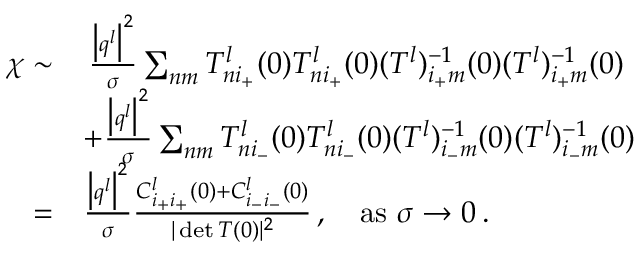
\begin{array} { r l } { \chi \sim } & { \, \frac { \big \vert \boldsymbol { q } ^ { l } \big \vert ^ { 2 } } { \sigma } \sum _ { n m } { T _ { n i _ { + } } ^ { l } ( 0 ) T _ { n i _ { + } } ^ { l } ( 0 ) ( T ^ { l } ) _ { i _ { + } m } ^ { - 1 } ( 0 ) ( T ^ { l } ) _ { i _ { + } m } ^ { - 1 } ( 0 ) } } \\ & { + \frac { \big \vert \boldsymbol { q } ^ { l } \big \vert ^ { 2 } } { \sigma } \sum _ { n m } { T _ { n i _ { - } } ^ { l } ( 0 ) T _ { n i _ { - } } ^ { l } ( 0 ) ( T ^ { l } ) _ { i _ { - } m } ^ { - 1 } ( 0 ) ( T ^ { l } ) _ { i _ { - } m } ^ { - 1 } ( 0 ) } } \\ { = } & { \frac { \big \vert \boldsymbol { q } ^ { l } \big \vert ^ { 2 } } { \sigma } \frac { C _ { i _ { + } i _ { + } } ^ { l } ( 0 ) + C _ { i _ { - } i _ { - } } ^ { l } ( 0 ) } { \vert \operatorname* { d e t } T ( 0 ) \vert ^ { 2 } } \, , ~ ~ ~ \mathrm { a s } ~ \sigma \rightarrow 0 \, . } \end{array}